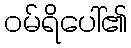
ဝမ်ရိပေါ်၏